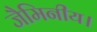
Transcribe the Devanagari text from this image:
जैमिनीय।